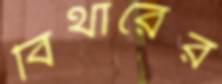
বিথারের